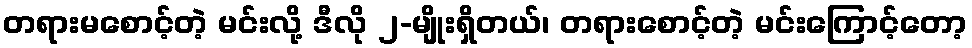
တရားမစောင့်တဲ့ မင်းလို့ ဒီလို ၂-မျိုးရှိတယ်၊ တရားစောင့်တဲ့ မင်းကြောင့်တော့